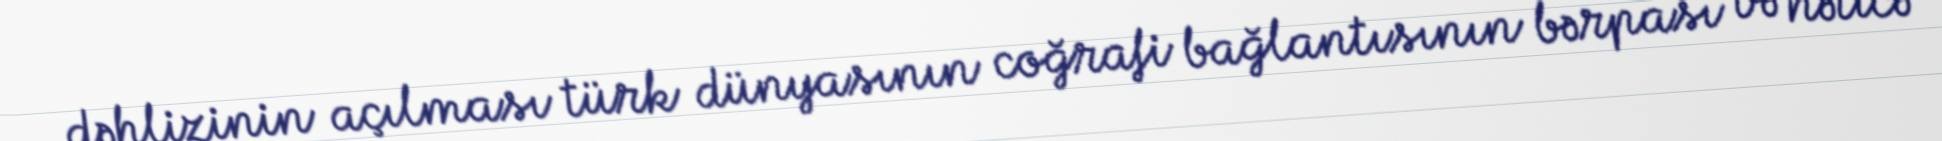
dəhlizinin açılması türk dünyasının coğrafi bağlantısının bərpası və nəticə